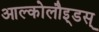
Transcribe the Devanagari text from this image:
आल्कोलौइ्डस्